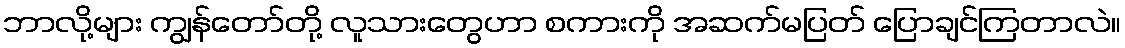
ဘာလို့များ ကျွန်တော်တို့ လူသားတွေဟာ စကားကို အဆက်မပြတ် ပြောချင်ကြတာလဲ။